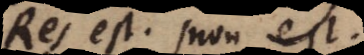
Res est, non est.